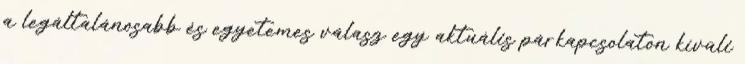
a legáltalánosabb és egyetemes válasz egy aktuális párkapcsolaton kívüli